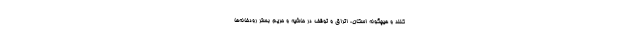
کنند و هیچگونه اسکان، اتراق و توقف در حاشیه‌ و حریم‌ بستر رودخانه‌ها